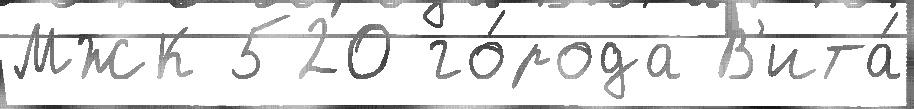
МЖК 520 го́рода В'ита́